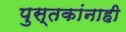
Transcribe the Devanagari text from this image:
पुस्तकांनाही